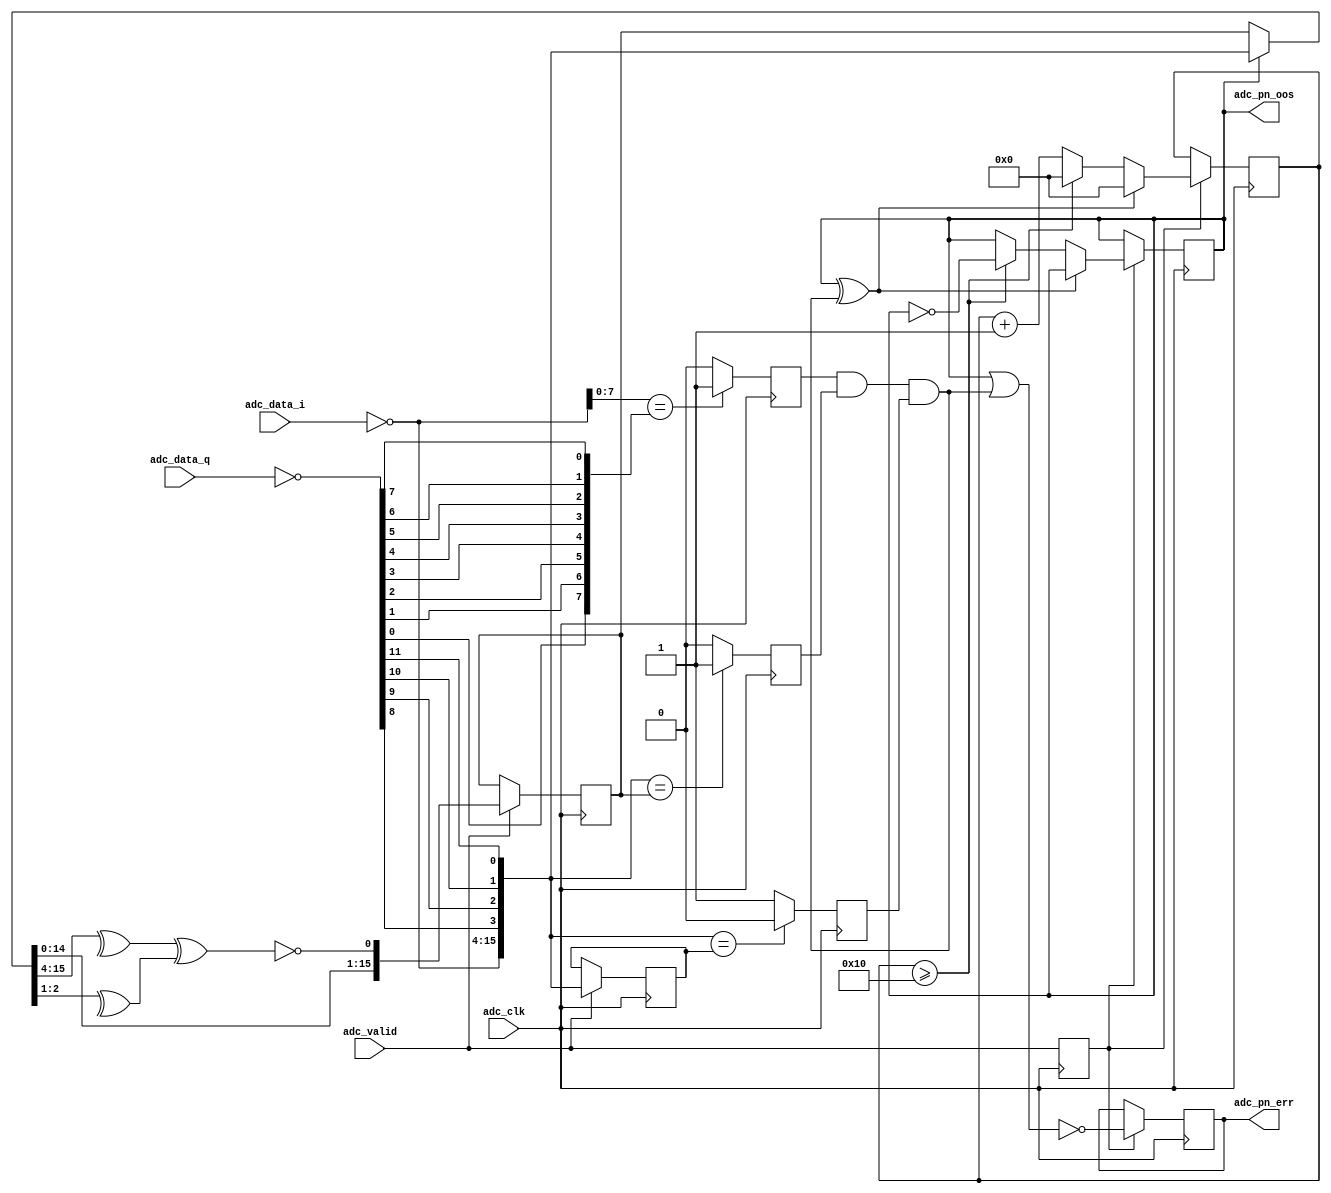
// ***************************************************************************
// ***************************************************************************
// Copyright 2011(c) Analog Devices, Inc.
// 
// All rights reserved.
// 
// Redistribution and use in source and binary forms, with or without modification,
// are permitted provided that the following conditions are met:
//     - Redistributions of source code must retain the above copyright
//       notice, this list of conditions and the following disclaimer.
//     - Redistributions in binary form must reproduce the above copyright
//       notice, this list of conditions and the following disclaimer in
//       the documentation and/or other materials provided with the
//       distribution.
//     - Neither the name of Analog Devices, Inc. nor the names of its
//       contributors may be used to endorse or promote products derived
//       from this software without specific prior written permission.
//     - The use of this software may or may not infringe the patent rights
//       of one or more patent holders.  This license does not release you
//       from the requirement that you obtain separate licenses from these
//       patent holders to use this software.
//     - Use of the software either in source or binary form, must be run
//       on or directly connected to an Analog Devices Inc. component.
//    
// THIS SOFTWARE IS PROVIDED BY ANALOG DEVICES "AS IS" AND ANY EXPRESS OR IMPLIED WARRANTIES,
// INCLUDING, BUT NOT LIMITED TO, NON-INFRINGEMENT, MERCHANTABILITY AND FITNESS FOR A
// PARTICULAR PURPOSE ARE DISCLAIMED.
//
// IN NO EVENT SHALL ANALOG DEVICES BE LIABLE FOR ANY DIRECT, INDIRECT, INCIDENTAL, SPECIAL,
// EXEMPLARY, OR CONSEQUENTIAL DAMAGES (INCLUDING, BUT NOT LIMITED TO, INTELLECTUAL PROPERTY
// RIGHTS, PROCUREMENT OF SUBSTITUTE GOODS OR SERVICES; LOSS OF USE, DATA, OR PROFITS; OR 
// BUSINESS INTERRUPTION) HOWEVER CAUSED AND ON ANY THEORY OF LIABILITY, WHETHER IN CONTRACT,
// STRICT LIABILITY, OR TORT (INCLUDING NEGLIGENCE OR OTHERWISE) ARISING IN ANY WAY OUT OF 
// THE USE OF THIS SOFTWARE, EVEN IF ADVISED OF THE POSSIBILITY OF SUCH DAMAGE.
// ***************************************************************************
// ***************************************************************************
// ***************************************************************************
// ***************************************************************************
// PN monitors

`timescale 1ns/100ps

module axi_ad9361_rx_pnmon (

  // adc interface

  adc_clk,
  adc_valid,
  adc_data_i,
  adc_data_q,

  // pn out of sync and error

  adc_pn_oos,
  adc_pn_err);

  // adc interface

  input           adc_clk;
  input           adc_valid;
  input   [11:0]  adc_data_i;
  input   [11:0]  adc_data_q;

  // pn out of sync and error

  output          adc_pn_oos;
  output          adc_pn_err;

  // internal registers

  reg     [15:0]  adc_data = 'd0;
  reg     [15:0]  adc_pn_data = 'd0;
  reg             adc_valid_d = 'd0;
  reg             adc_iq_match = 'd0;
  reg             adc_pn_match_d = 'd0;
  reg             adc_pn_match_z = 'd0;
  reg             adc_pn_err = 'd0;
  reg     [ 6:0]  adc_pn_oos_count = 'd0;
  reg             adc_pn_oos = 'd0;

  // internal signals

  wire    [11:0]  adc_data_i_s;
  wire    [11:0]  adc_data_q_s;
  wire    [11:0]  adc_data_q_rev_s;
  wire    [15:0]  adc_data_s;
  wire            adc_iq_match_s;
  wire    [15:0]  adc_pn_data_s;
  wire            adc_pn_match_d_s;
  wire            adc_pn_match_z_s;
  wire            adc_pn_match_s;
  wire            adc_pn_update_s;
  wire            adc_pn_err_s;

  // prbs function

  function [15:0] pnfn;
    input [15:0] din;
    reg   [15:0] dout;
    begin
      dout = {din[14:0], ~((^din[15:4]) ^ (^din[2:1]))};
      pnfn = dout;
    end
  endfunction

  // bit reversal function

  function [11:0] brfn;
    input [11:0] din;
    reg   [11:0] dout;
    begin
      dout[11] = din[ 0];
      dout[10] = din[ 1];
      dout[ 9] = din[ 2];
      dout[ 8] = din[ 3];
      dout[ 7] = din[ 4];
      dout[ 6] = din[ 5];
      dout[ 5] = din[ 6];
      dout[ 4] = din[ 7];
      dout[ 3] = din[ 8];
      dout[ 2] = din[ 9];
      dout[ 1] = din[10];
      dout[ 0] = din[11];
      brfn = dout;
    end
  endfunction

  // assuming lower nibble is lost-

  assign adc_data_i_s = ~adc_data_i;
  assign adc_data_q_s = ~adc_data_q;
  assign adc_data_q_rev_s = brfn(adc_data_q_s);
  assign adc_data_s = {adc_data_i_s, adc_data_q_rev_s[3:0]};
  assign adc_iq_match_s = (adc_data_i_s[7:0] == adc_data_q_rev_s[11:4]) ? 1'b1 : 1'b0;

  // pn sequence checking algorithm is commonly used in most applications.
  // if oos is asserted (pn is out of sync):
  //    next sequence is generated from the incoming data.
  //    if 64 sequences match consecutively, oos is cleared (de-asserted).
  // if oos is de-asserted (pn is in sync)
  //    next sequence is generated from the current sequence.
  //    if 64 sequences mismatch consecutively, oos is set (asserted).
  // if oos is de-asserted, any spurious mismatches sets the error register.
  // ideally, processor should make sure both oos == 0x0 and err == 0x0.

  assign adc_pn_data_s = (adc_pn_oos == 1'b1) ? adc_data_s : adc_pn_data;
  assign adc_pn_match_d_s = (adc_data_s == adc_pn_data) ? 1'b1 : 1'b0;
  assign adc_pn_match_z_s = (adc_data_s == adc_data) ? 1'b0 : 1'b1;
  assign adc_pn_match_s = adc_iq_match & adc_pn_match_d & adc_pn_match_z;
  assign adc_pn_update_s = ~(adc_pn_oos ^ adc_pn_match_s);
  assign adc_pn_err_s = ~(adc_pn_oos | adc_pn_match_s);

  // pn oos and counters (64 to clear and set).

  always @(posedge adc_clk) begin
    if (adc_valid == 1'b1) begin
      adc_data <= adc_data_s;
      adc_pn_data <= pnfn(adc_pn_data_s);
    end
    adc_valid_d <= adc_valid;
    adc_iq_match <= adc_iq_match_s;
    adc_pn_match_d <= adc_pn_match_d_s;
    adc_pn_match_z <= adc_pn_match_z_s;
    if (adc_valid_d == 1'b1) begin
      adc_pn_err <= adc_pn_err_s;
      if (adc_pn_update_s == 1'b1) begin
        if (adc_pn_oos_count >= 16) begin
          adc_pn_oos_count <= 'd0;
          adc_pn_oos <= ~adc_pn_oos;
        end else begin
          adc_pn_oos_count <= adc_pn_oos_count + 1'b1;
          adc_pn_oos <= adc_pn_oos;
        end
      end else begin
        adc_pn_oos_count <= 'd0;
        adc_pn_oos <= adc_pn_oos;
      end
    end
  end

endmodule

// ***************************************************************************
// ***************************************************************************